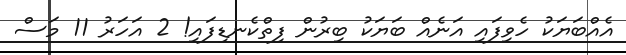
އެއްބަޔަކު ހެވިފައި އަނެއް ބަޔަކު ބިރުން ފިތްކެނޑިފައި! 2 އަހަރު 11 މަސް